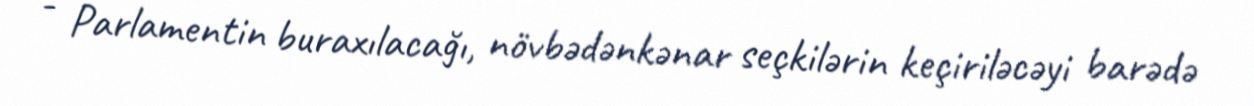
- Parlamentin buraxılacağı, növbədənkənar seçkilərin keçiriləcəyi barədə